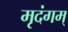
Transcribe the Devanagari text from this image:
मृदंगम्